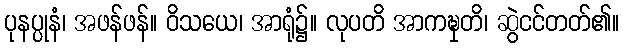
ပုနပ္ပုနံ၊ အဖန်ဖန်။ ဝိသယေ၊ အာရုံ၌။ လုပတိ အာကဍ္ဎှတိ၊ ဆွဲငင်တတ်၏။